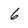
Character: 6